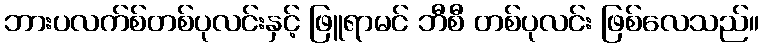
ဘားပလက်စ်တစ်ပုလင်းနှင့် ဖြူရာမင် ဘီစီ တစ်ပုလင်း ဖြစ်လေသည်။